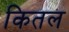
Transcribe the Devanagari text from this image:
कितल